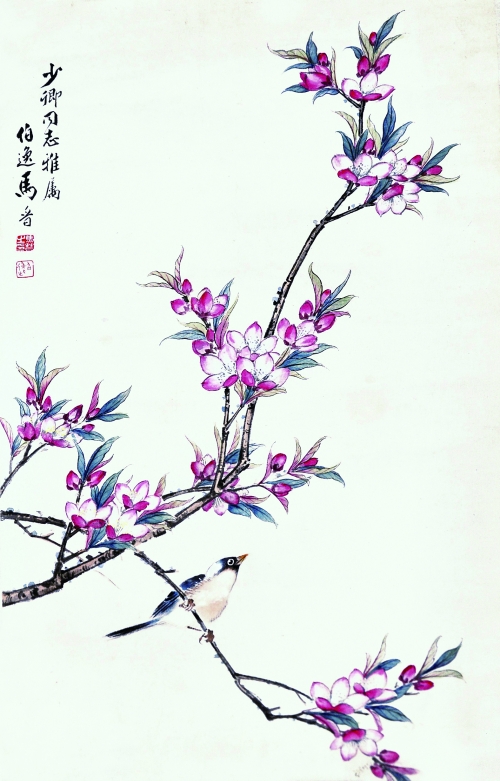
莺莺燕燕分飞后，粉淡梨花瘦。